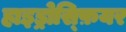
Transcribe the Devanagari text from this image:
हाइड्रोस्फ़ियर